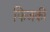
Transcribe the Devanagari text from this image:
फिजकी